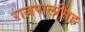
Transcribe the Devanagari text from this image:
राजपालसिंह